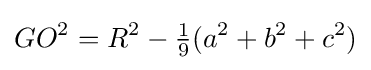
GO^{2}=R^{2}-{\tfrac {1}{9}}(a^{2}+b^{2}+c^{2})